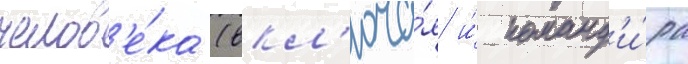
челов'е́ка (вкл'юча́я и́ команд'и́ра